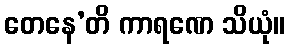
တေနေ’တိ ကာရဏေ သိယုံ။